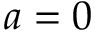
a = 0